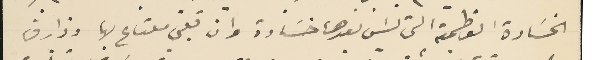
الخسَارة العظمية التي ليسَ بعدها خسَارة وان قلبي ملتاع بها وذارف